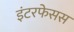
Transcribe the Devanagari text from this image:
इंटरफेसस